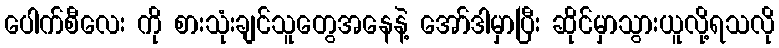
ပေါက်စီလေး ကို စားသုံးချင်သူတွေအနေနဲ့ အော်ဒါမှာပြီး ဆိုင်မှာသွားယူလို့ရသလို